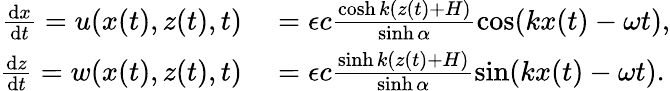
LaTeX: \begin{array}{rl}{\frac{\mathrm{d}x}{\mathrm{d}t}=u(x(t),z(t),t)}&{{}=\epsilon c\frac{\cosh k(z(t)+H)}{\sinh\alpha}\cos(kx(t)-\omega t),}\\ {\frac{\mathrm{d}z}{\mathrm{d}t}=w(x(t),z(t),t)}&{{}=\epsilon c\frac{\sinh k(z(t)+H)}{\sinh\alpha}\sin(kx(t)-\omega t).}\end{array}